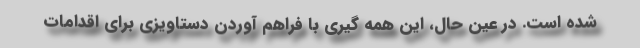
شده است. در عین حال، این همه گیری با فراهم آوردن دستاویزی برای اقدامات